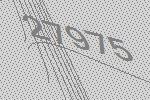
27975